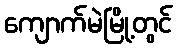
ကျောက်မဲမြို့တွင်